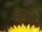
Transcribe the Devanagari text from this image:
थुराम